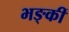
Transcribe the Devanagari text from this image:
भङ्कीं